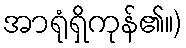
အာရုံရှိကုန်၏။)